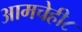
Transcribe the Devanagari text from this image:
आमचेही८